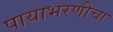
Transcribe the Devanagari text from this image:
पायाभरणीचा